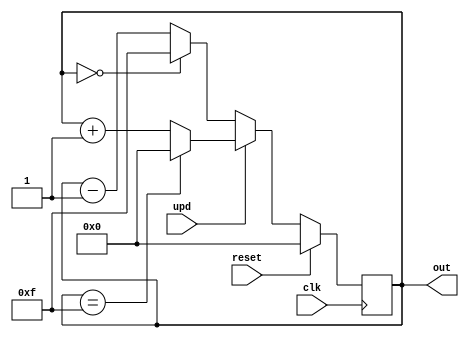
`timescale 1ns/1ps

module up_down_counter (
    upd, clk, reset, 
    out
);
    input upd, reset, clk;
    parameter range = 4;
    output reg [range-1:0] out;

    always @(posedge clk) begin
        if (reset == 1) 
            out<= 0;
        else    
            if(upd == 1)   //Up mode selected
                if(out== 15)
                    out<= 0;
                else
                    out<= out+ 1; //Incremend Counter
            else  //Down mode selected
                if(out== 0)
                    out<= 15;
                else
                    out<= out- 1; //Decrement counter
    end

`ifdef COCOTB_SIM
    initial begin
        $dumpfile("up_down_counter.vcd");
        $dumpvars(0, up_down_counter);
        #1;
    end
`endif

endmodule